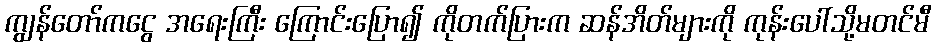
ကျွန်တော်ကငွေ အရေးကြီး ကြောင်းပြော၍ ကိုတက်ပြားက ဆန်အိတ်များကို ကုန်းပေါ်သို့မတင်မီ